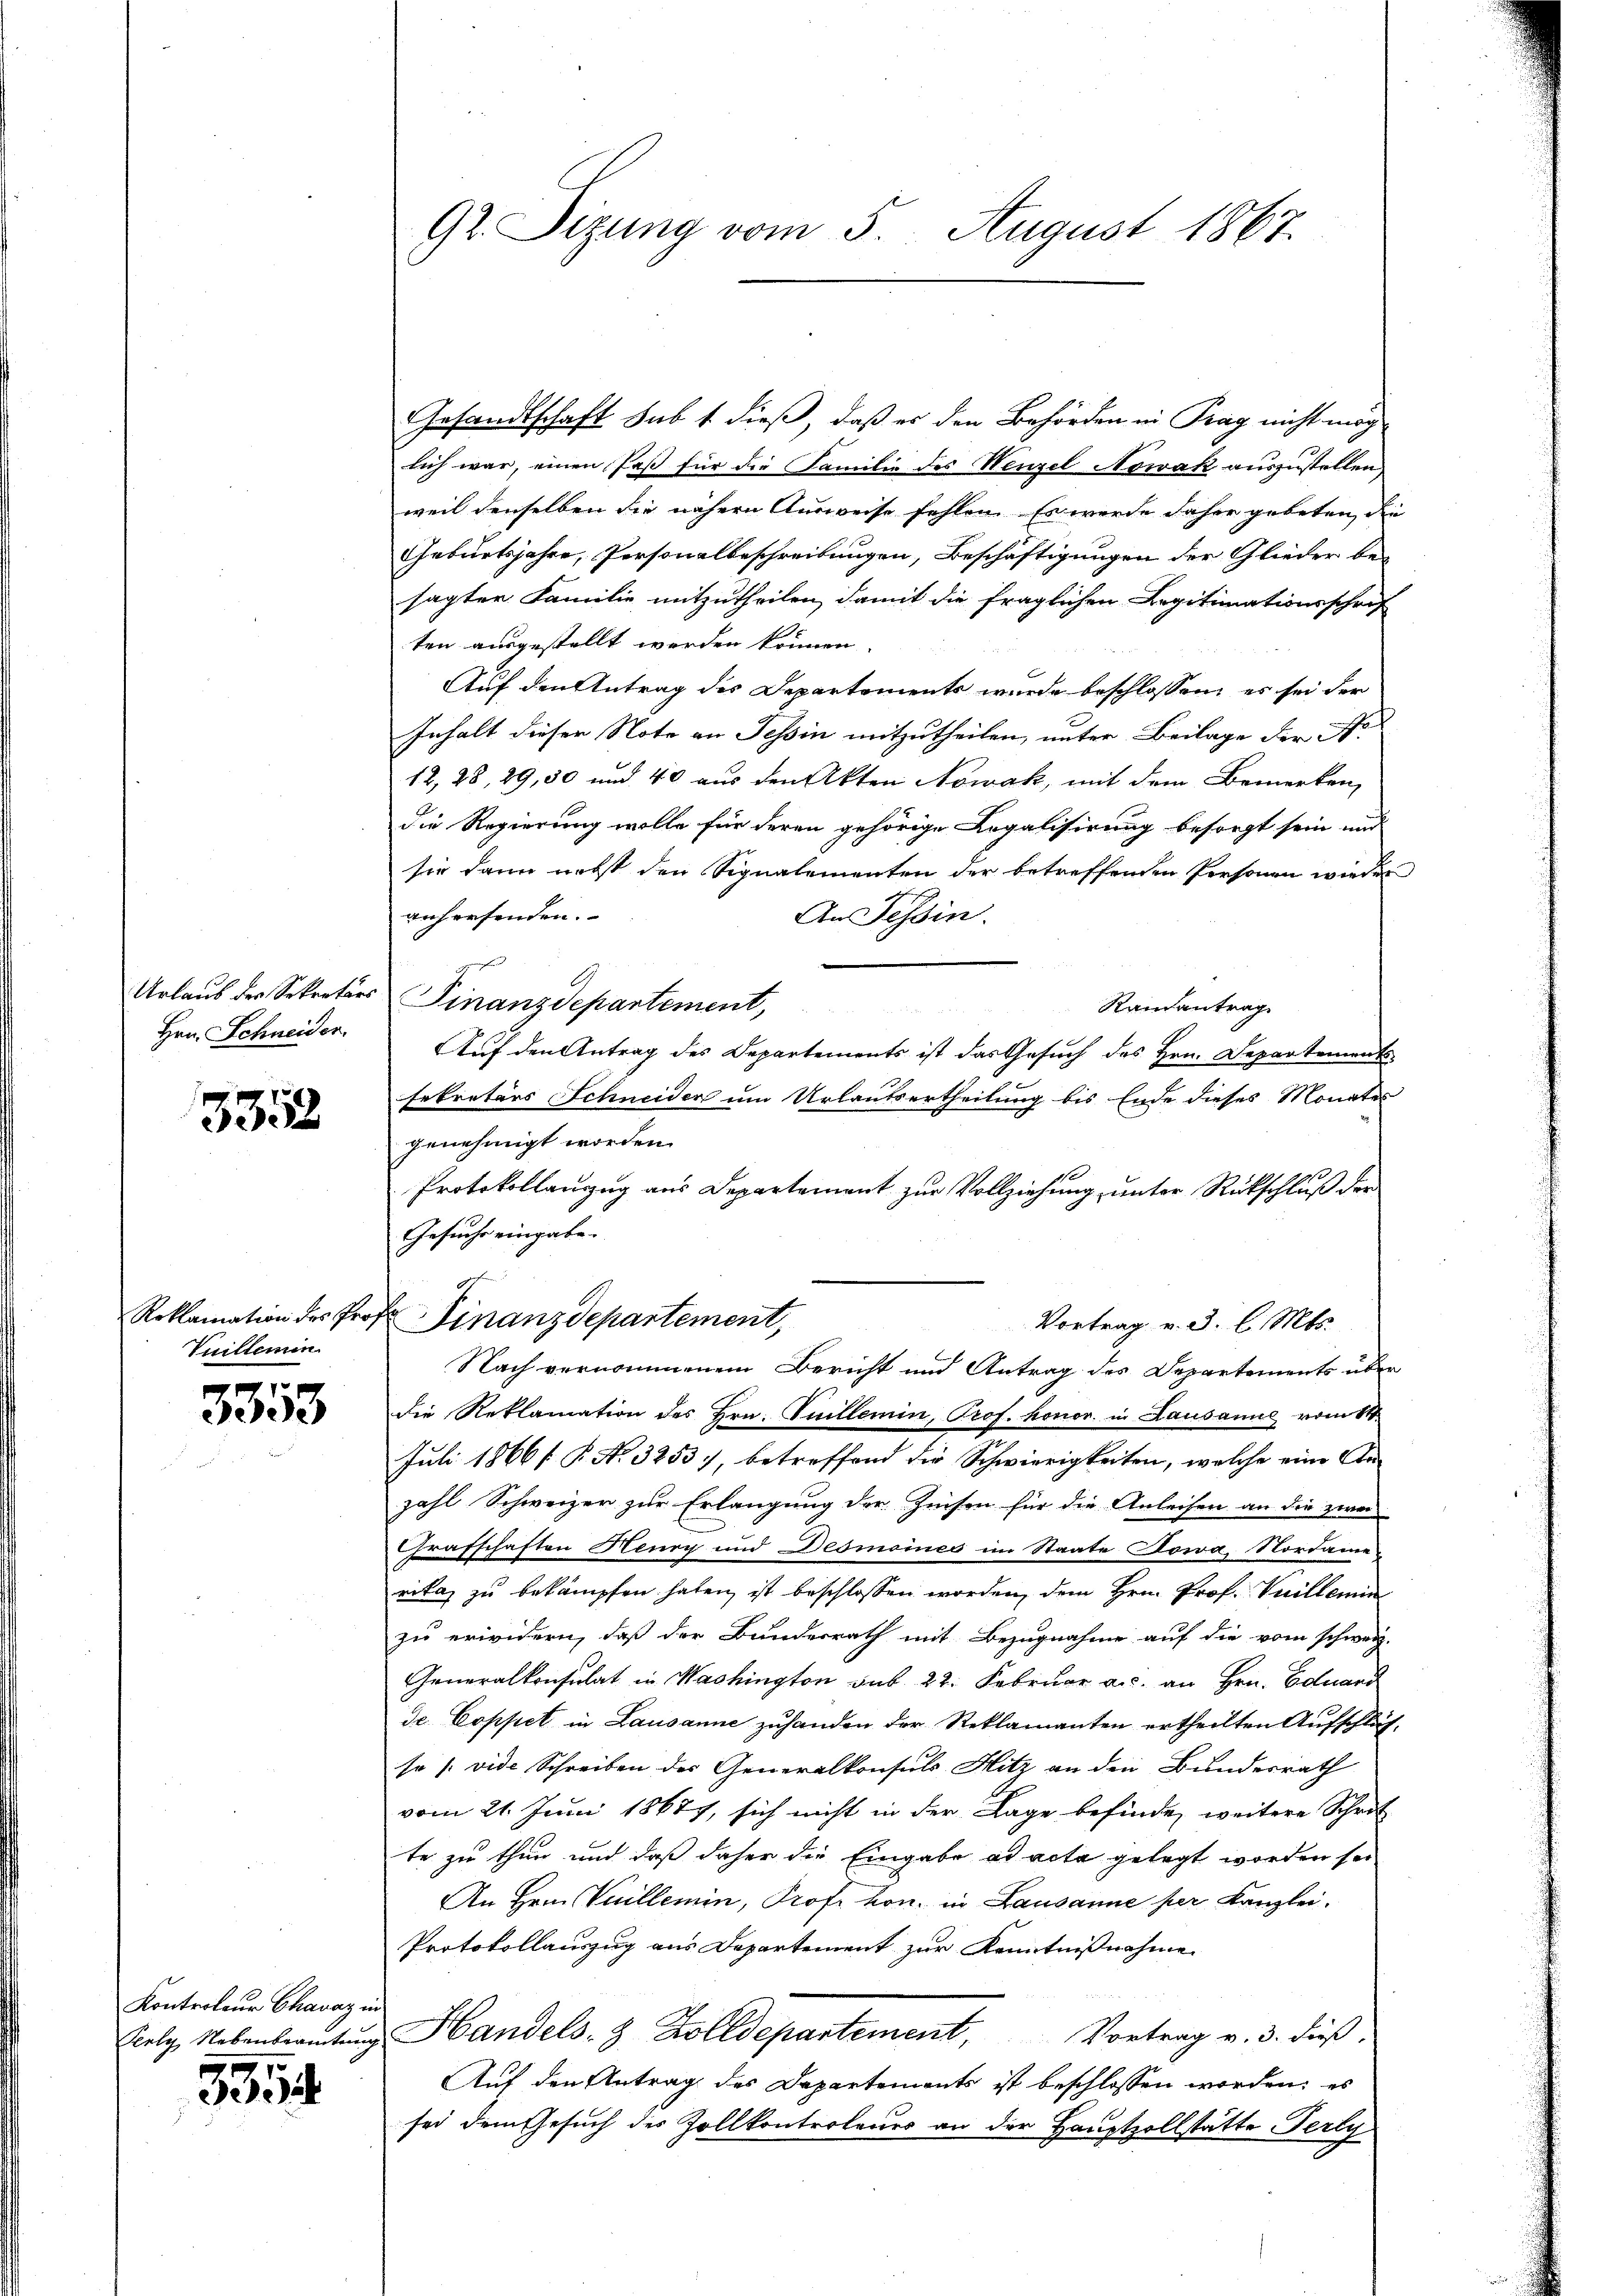
Urlaub der Sekretär
Hrn. Schneider.

3358

Roklamation des Pro¬
Vuillemin

3353

Kontroleur Chavaz u

3354

Gr. Sizung vom 5. August 1867.

Gesandtschaft sub 1. dieß, daß es den Behörden in Prag nicht mög
lich war, einen Paß für die Familie des Wenzel Nowak auszustellen
weil denselben die nähern Ausweise fehlen. Es wurde daher gebeten, die
Geburtsjahre, Personalbeschreibungen, Beschäftigungen der Glieder be-
sagter Familie mitzutheilen, damit die fraglichen Legitimationsschrif
ten ausgestellt werden können.
Auf den Antrag des Departements wurde beschlossen, es sei der
Inhalt dieser Note an Tessin mitzutheilen, unter Beilage der Ac
12, 28, 29, 50 und 40 aus den Akten Nowak, mit dem Bemerken,
die Regierung wolle für deren gehörige Legalisirung besorgt sein und
sie dann nebst den Signalementen der betreffenden Personen wieder
auhersenden.
An Tessin.
 Finanzdepartement,
Randantrag
Auf den Antrag des Departements ist das Gesuch des Hrn. Departements
sekretärs Schneider um Urlautsertheilung bis Ende dieses Monates
genehmigt worden.
Protokollanzug aus Departement zur Vollziehung unter Rückschluß der
Gesuche eingabe.
1
f
Finanzdepartement,
Vortrag v. 3. l. Mts.
Nach vernommenem Bericht und Antrag des Departements über
die Reklamation des Hrn. Guillemin, Prof. honor. in Lausaniel vom 14.
Juli 1866/ P. No. 3253), betreffend die Schwierigkeiten, welche eine Anzahl Schweizer zur Erlangung der Zeisen für die Anleisen an die zwei
Grafschaften Henry und Desmoines im Staate Sowa, Nordame
ritag zu bekämpfen haben, ist beschlossen worden, dem Hrn. Prof. Guillemin
zu erwidern, daß der Bundesrath mit Bezugnahme auf die vom schweiz.
Generalkonsulat in Washington sub. 22. Februar a.c. an Hrn. Eduard
de Coppet in Lausanne zuhanden der Reklamanten ertheilten Aufschläfso (vide Schreiben des Generalkonsuls Hitz an den Bundesrath
vom 21. Juni 18677, sich nicht in der Lage befinde, weitere Schrit
te zu thun und daß daher die Eingabe ad acta gelegt worden sei
An Hrn. Vuillemin, Prof. hon. in Lausanne per Kanzlei.
Protokollauszug aus Departement zur Kenntnißnahme
Siely Nebenbeamtŭng Handels- & Zolldepartement, Vortrag v. 3. dieβ.
Auf den Antrag des Departements ist beschlossen worden; es
sei dem Gesuch des Zollkontroleuer an der Hauptzollstätte Ferly